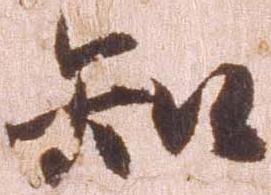
知